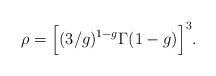
LaTeX: \begin{align*}\rho=\Big[(3/g)^{1-g}\Gamma(1-g)\Big]^3. \end{align*}